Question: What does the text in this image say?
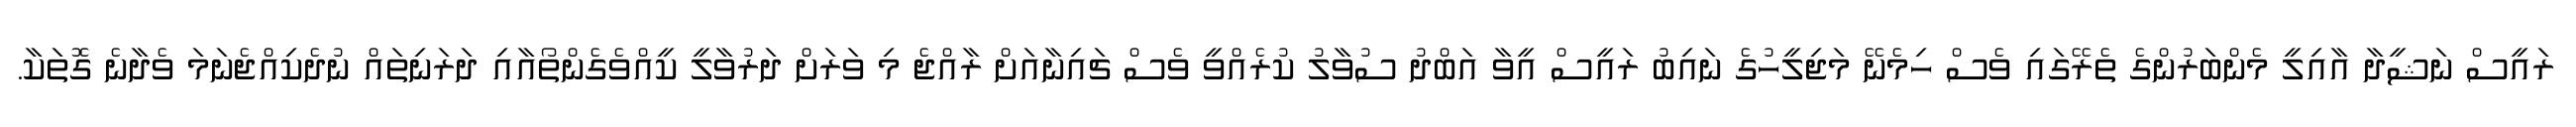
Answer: ރައީސް ނަޝީދާ އާއިލީ މެންބަރުންގެ ތެރޭގައި ވެސް ހިމެނޭ މަޖިލީހުގެ ނައިބު ރައީސް އީވާ އަބްދު ސުވާލު ކުރެއްވީ ވެސް ޗައިނާއަށް ރާއްޖެ މި ވަރަށް ދަރުވާލީ ކީއްވެގެންތޯއާއި ދަރަނިތައް ނުދެކިއްޖެނަމަ ވެދާނެ ގޮތަކާ.